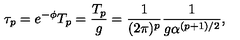
\tau _ { p } = e ^ { - \phi } T _ { p } = \frac { T _ { p } } { g } = \frac { 1 } { ( 2 \pi ) ^ { p } } \frac { 1 } { g \alpha ^ { ( p + 1 ) / 2 } } ,